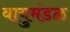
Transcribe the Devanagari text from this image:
वायुमंडळ